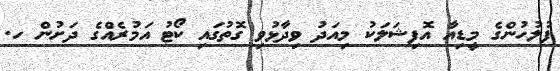
ފުލުހުންގެ މީޑިއާ އޮފިޝަލަކު މިއަދު ވިދާޅުވި ގޮތުގައި ކޯޓު އަމުރެއްގެ ދަށުން ހ.